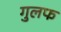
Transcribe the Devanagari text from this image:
गुलफ